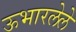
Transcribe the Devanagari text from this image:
ऊभारलेले